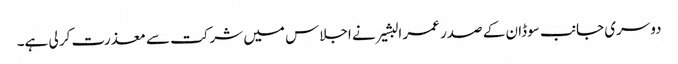
دوسری جانب سوڈان کے صدر عمر البشیر نے اجلاس میں شرکت سے معذرت کر لی ہے۔